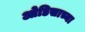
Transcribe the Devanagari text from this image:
ओडिसाच्या